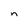
Character: n